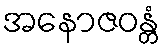
အနောဇဝန္တံ